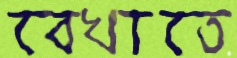
বেখাতে